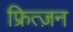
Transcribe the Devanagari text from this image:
फ्रित्ज़न